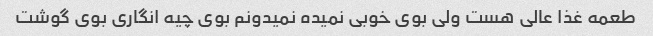
طعمه غذا عالی هست ولی بوی خوبی نمیده نمیدونم بوی چیه انگاری بوی گوشت